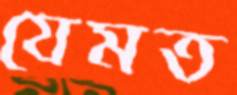
যেমত